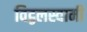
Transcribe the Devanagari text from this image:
विट्ठलस्वामी